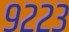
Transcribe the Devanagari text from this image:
९२२३